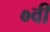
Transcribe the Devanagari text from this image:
०वीं